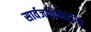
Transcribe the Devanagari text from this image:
सार्वजनिकत्वरित